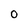
Character: 0